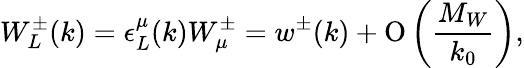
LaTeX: W_{L}^{\pm}(k)=\epsilon_{L}^{\mu}(k)W_{\mu}^{\pm}=w^{\pm}(k)+\mathrm{O}\left(\frac{M_{W}}{k_{0}}\right),